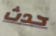
حدث